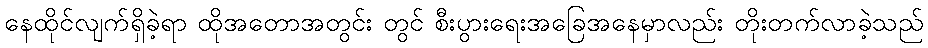
နေထိုင်လျက်ရှိခဲ့ရာ ထိုအတောအတွင်း တွင် စီးပွားရေးအခြေအနေမှာလည်း တိုးတက်လာခဲ့သည်